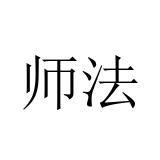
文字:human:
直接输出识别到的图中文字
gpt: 师法